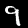
Digit: 9